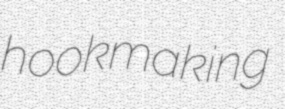
hookmaking